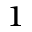
^ 1